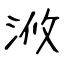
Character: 浟